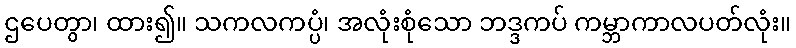
ဌပေတွာ၊ ထား၍။ သကလကပ္ပံ၊ အလုံးစုံသော ဘဒ္ဒကပ် ကမ္ဘာကာလပတ်လုံး။